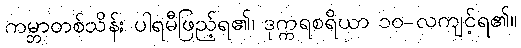
ကမ္ဘာတစ်သိန်း ပါရမီဖြည့်ရ၏၊ ဒုက္ကရစရိယာ ၁၀-လကျင့်ရ၏။